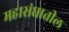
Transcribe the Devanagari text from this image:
महासंघातील